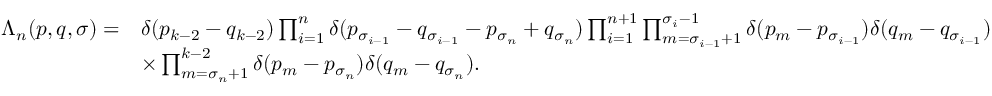
\begin{array} { r l } { \Lambda _ { n } ( \boldsymbol { p } , \boldsymbol { q } , \sigma ) = } & { \delta ( p _ { k - 2 } - q _ { k - 2 } ) \prod _ { i = 1 } ^ { n } \delta ( p _ { \sigma _ { i - 1 } } - q _ { \sigma _ { i - 1 } } - p _ { \sigma _ { n } } + q _ { \sigma _ { n } } ) \prod _ { i = 1 } ^ { n + 1 } \prod _ { m = \sigma _ { i - 1 } + 1 } ^ { \sigma _ { i } - 1 } \delta ( p _ { m } - p _ { \sigma _ { i - 1 } } ) \delta ( q _ { m } - q _ { \sigma _ { i - 1 } } ) } \\ & { \times \prod _ { m = \sigma _ { n } + 1 } ^ { k - 2 } \delta ( p _ { m } - p _ { \sigma _ { n } } ) \delta ( q _ { m } - q _ { \sigma _ { n } } ) . } \end{array}